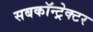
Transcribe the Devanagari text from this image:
सबकॉन्ट्रेक्टर